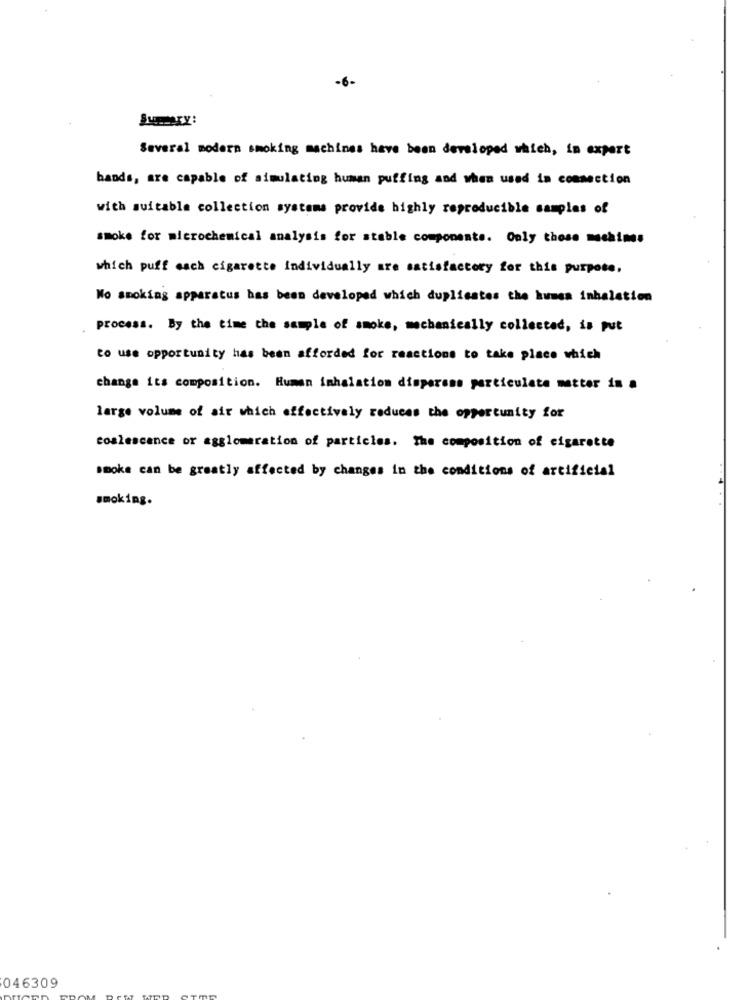
-6-
Several modern smoking machines have been developed which, in expert
bands, are capable of simulating human puffing and when used in commection
with suitable collection systems provide highly reproducible samples of
smoke for microchemical analysis for stable components. Only those machines
which puff sach cigarette individually are satisfactory for this purpose,
No smoking apparatus has been developed which duplicates the humes inhalation
process. By the time the sample of smoke, mechanically collected, is put
to use opportunity has been afforded for reactions to take place which
change its composition. Human inhalation disperans particulate matter in a
large volume of air which effectively reduces the opportunity for
coslescence or agglomeration of particles. The composition of cigarette
smoke can be greatly affected by changes in the conditions of artificial
smoking.
046309